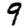
Digit: 9